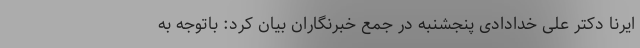
ایرنا دکتر علی خدادادی پنجشنبه در جمع خبرنگاران بیان کرد: باتوجه به